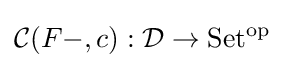
{\mathcal {C}}(F-,c):{\mathcal {D}}\to \mathrm {Set^{\text{op}}}